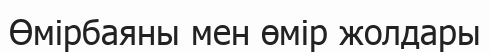
Өмірбаяны мен өмір жолдары